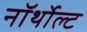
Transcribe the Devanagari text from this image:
नॉर्थोल्ट